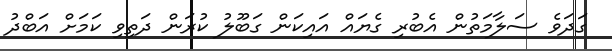
ގަދަވެ ސަލާމަތުން އެބުރި ގެޔައް އައިކަން ގަބޫލު ކުރަން ދަތިވި ކަމަށް އަބްދު